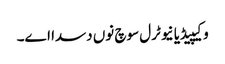
وکیپیڈیا نیوٹرل سوچ نوں دسدا اے۔